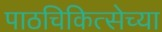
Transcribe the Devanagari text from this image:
पाठचिकित्सेच्या